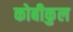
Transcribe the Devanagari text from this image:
कोबीकुल